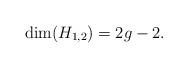
LaTeX: \begin{align*}\mathrm{dim}(H_{1,2})=2g-2.\end{align*}